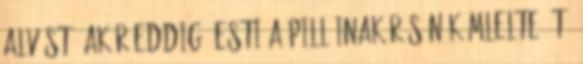
alvást, akár eddig. Esti a pilláinak résén kémlelte őt.